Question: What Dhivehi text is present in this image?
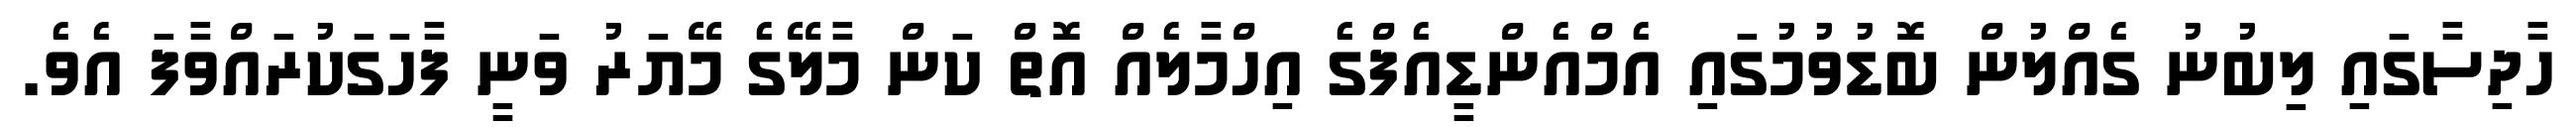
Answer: ހާދިސާގައި ލިބުނު ގެއްލުން ބޮޑުވުމުގައި އެމްއެންޑީއެފްގެ އިހްމާލެއް އޮތް ކަން މާލޭގެ މޭޔަރު ވަނީ ފާހަގަކުރައްވާފަ އެވެ.